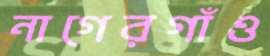
নাগেরগাঁও